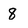
Character: 8